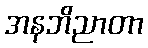
အနဘိညာတာ